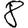
Digit: 8